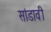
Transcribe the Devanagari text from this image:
सांडावी